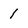
Character: 1